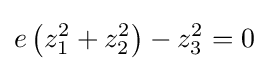
e\left(z_{1}^{2}+z_{2}^{2}\right)-z_{3}^{2}=0